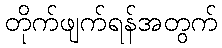
တိုက်ဖျက်ရန်အတွက်